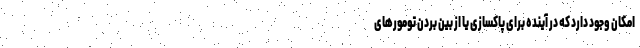
امکان وجود دارد که در آینده برای پاکسازی یا از بین بردن تومورهای